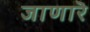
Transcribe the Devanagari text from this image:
जाणारॆ